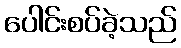
ပေါင်းစပ်ခဲ့သည်